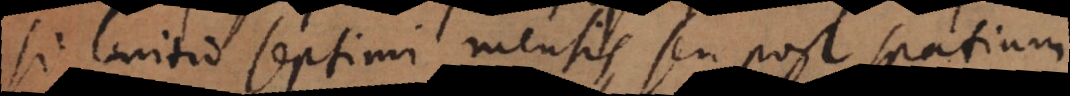
si initio septimi mensis, seu post spatium